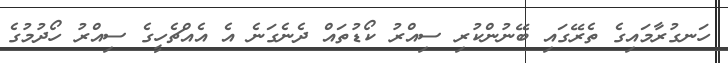
ހަނގުރާމައިގެ ތެރޭގައި ބޭނުންކުރި ސިއްރު ކޯޑުތައް ދެނެގަނެ އެ އެއްޗެހީގެ ސިއްރު ހޯދުމުގެ